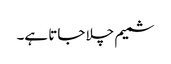
شمیم چلا جاتا ہے۔